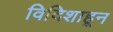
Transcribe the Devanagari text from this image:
विदिशाहून